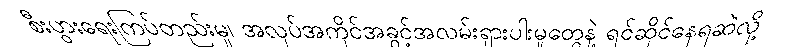
စီးပွားရေးကြပ်တည်းမှု၊ အလုပ်အကိုင်အခွင့်အလမ်းရှားပါးမှုတွေနဲ့ ရင်ဆိုင်နေရဆဲလို့